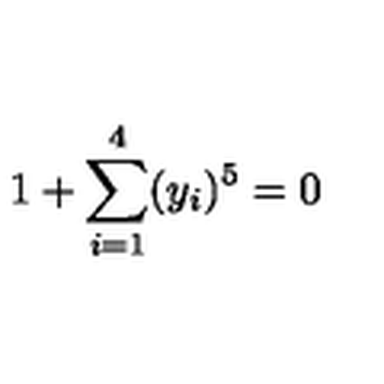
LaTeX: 1 + \sum _ { i = 1 } ^ { 4 } ( y _ { i } ) ^ { 5 } = 0